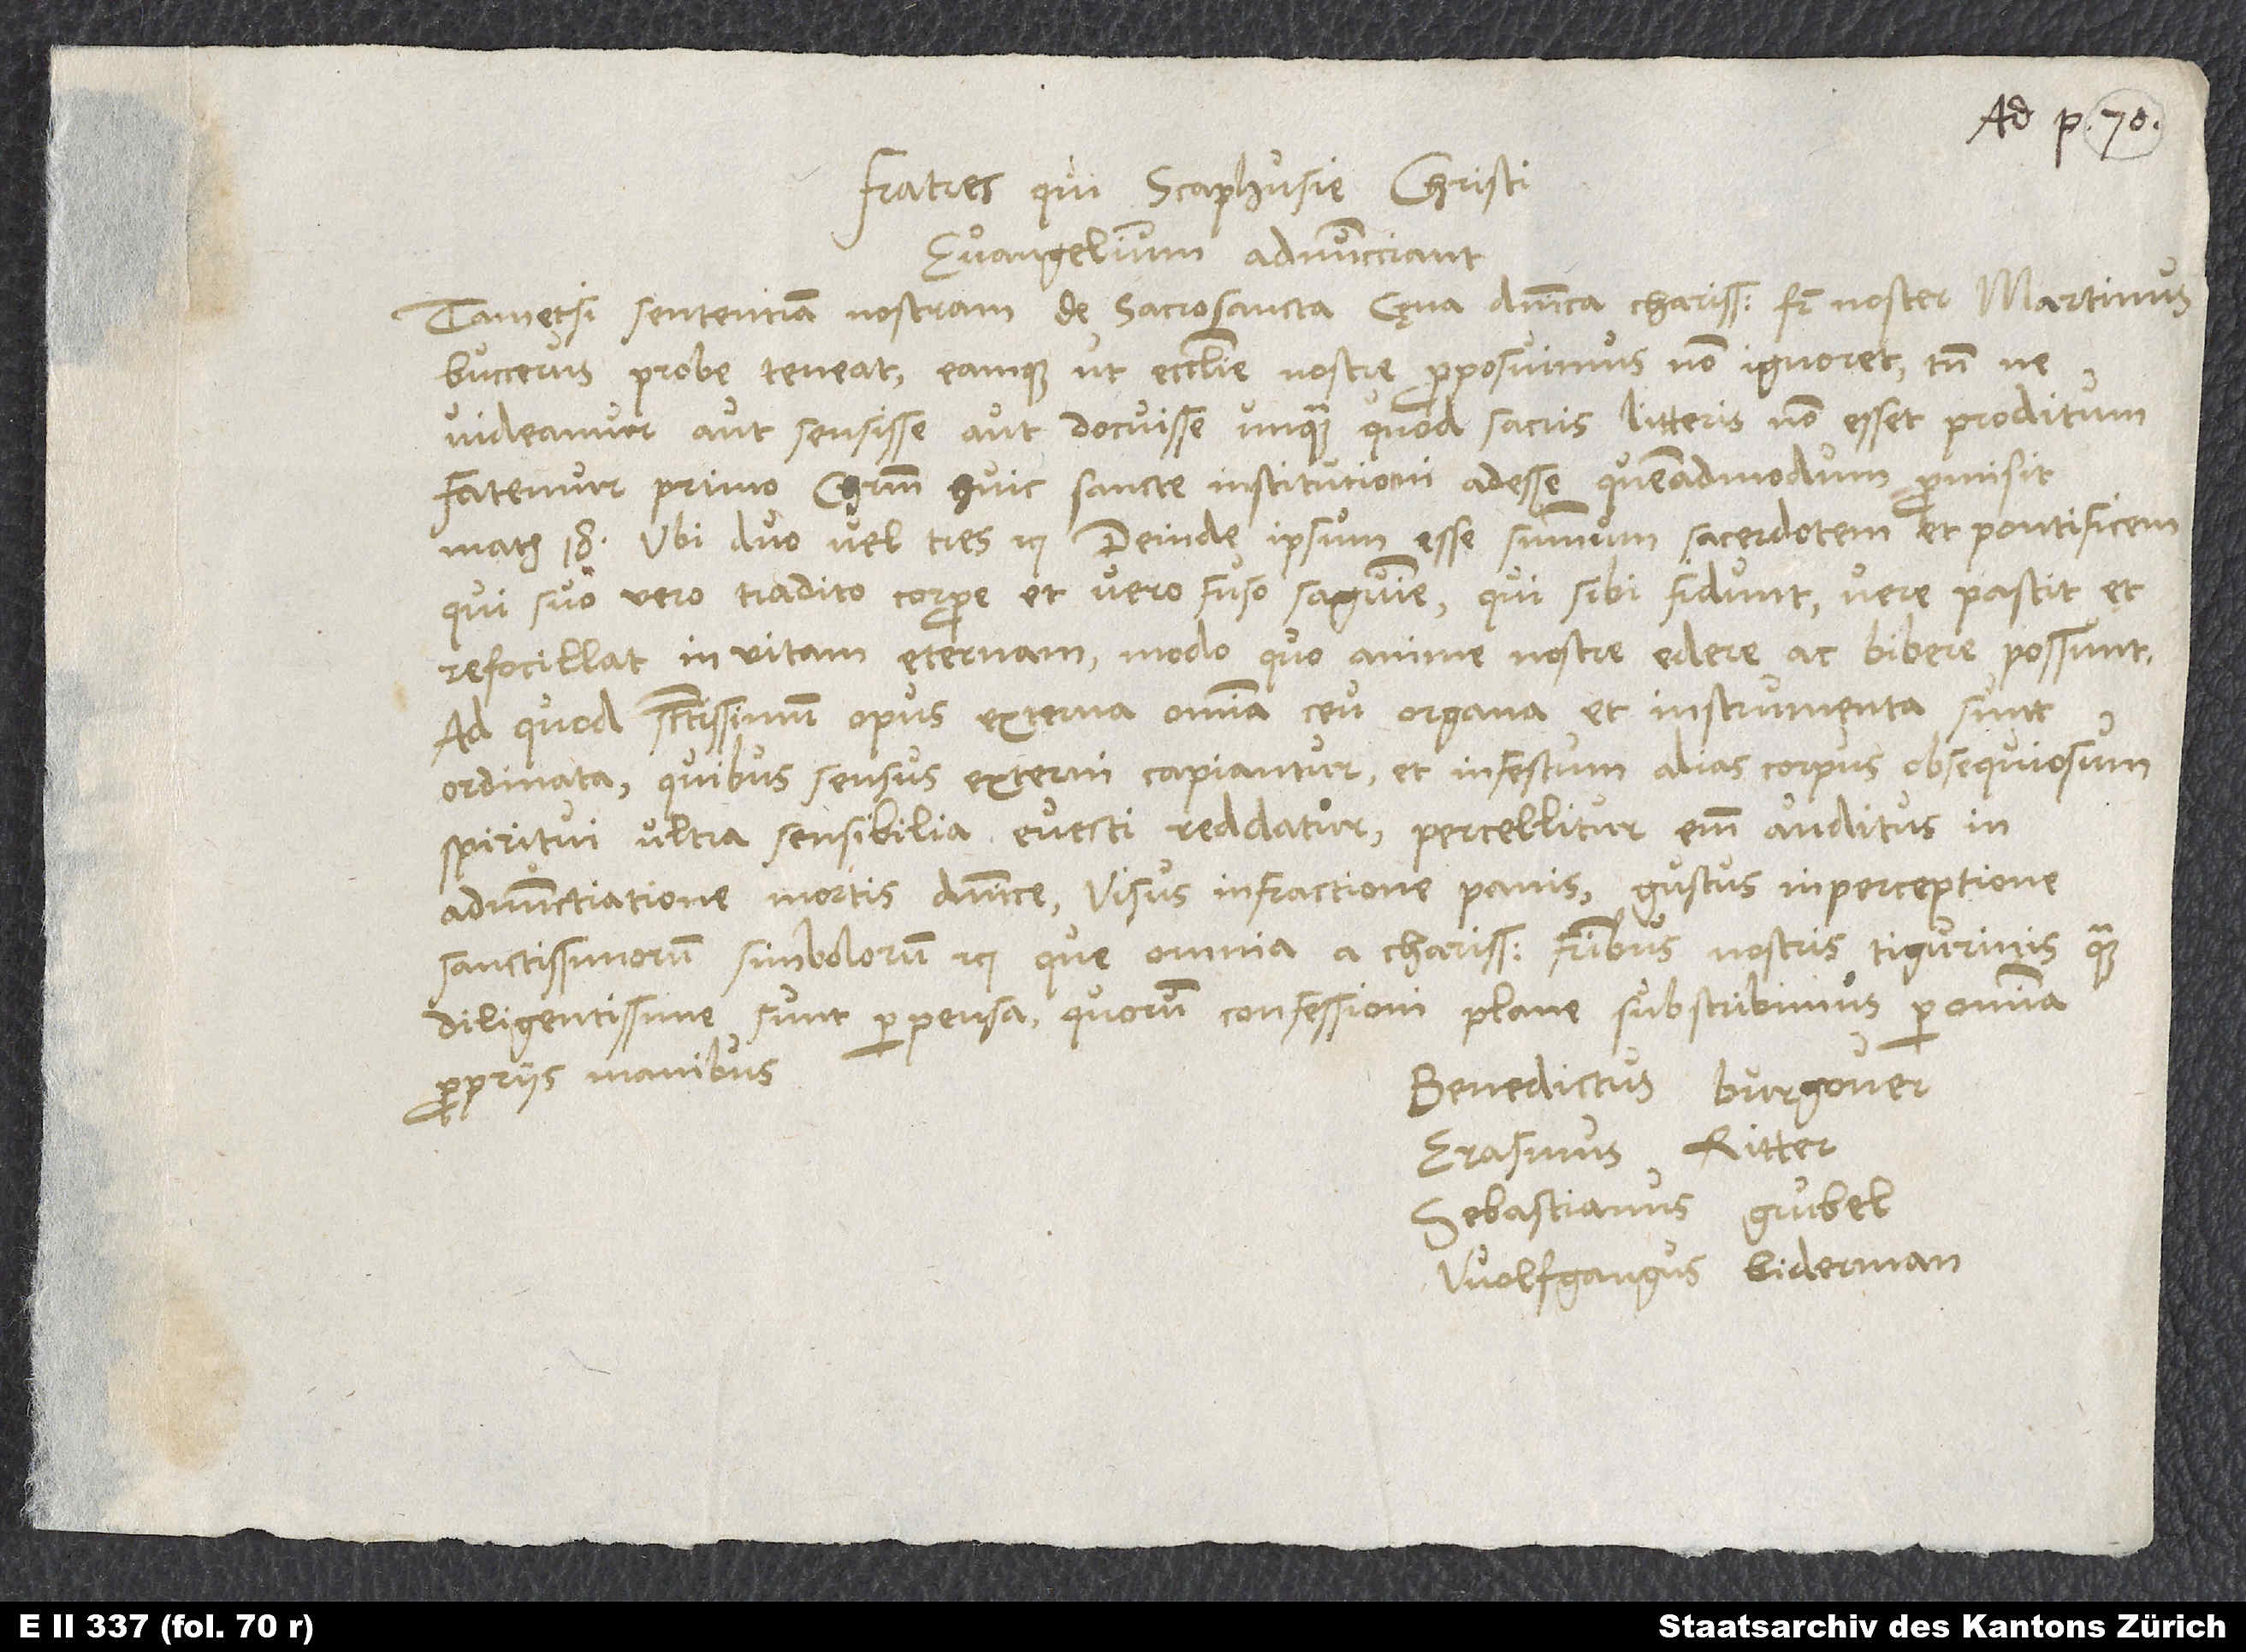
Fratres, qui Scaphusie Christi
evangelium adnuncciant
Tametsi sententiam nostram de sacrosancta cęna dominica charissimus frater noster Martinus
Buccerus probe teneat eamque, ut ecclesie nostre proposuimus, non ignoret a, tamen
videamur aut sensisse aut docuisse unquam, quod sacris litteris non esset c proditum
fatemur primo Christum huic sancte institutioni adesse, quemadmodum d promisit
Math. 18: «Ubi duo vel tres» etc. e Deinde ipsum esse summum sacerdotem et pontificem,
qui suo vero tradito corpore et vero f fuso sanguine, qui sibi fidunt, vere pascit et
refocillat in vitam eternam modo, quo anime nostre edere ac bibere possunt.
Ad quod sanctissimum opus externa omnia ceu organa et instrumenta sunt
ordinata, quibus sensus externi capiantur et infestum alias corpus obsequiosum
spiritui ultra sensibilia evecti reddatur. Percellitur enim auditus in
adnunctiatione mortis dominice, visus in fractione panis, gustus in perceptione
sanctissimorum simbolorum etc. Que omnia a charissimis fratribus nostris Tigurinis quam
diligentissime sunt perpensa, quorum confessioni plane subscribimus per omnia
propriis manibus.
Benedictus Burgouer,
Erasmus Ritter,
Sebastianus Grubel,
Wolfgangus Biderman.